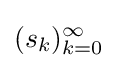
(s_{k})_{k=0}^{\infty }